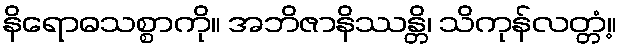
နိရောဓသစ္စာကို။ အဘိဇာနိဿန္တိ၊ သိကုန်လတ္တံ့။